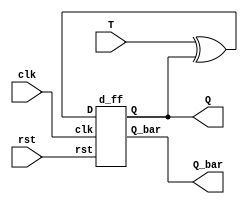
module t_using_d(clk,rst,T,Q,Q_bar);
input clk,rst,T;
output Q,Q_bar;
wire w1;

assign w1 = T^Q;

d_ff DF(clk,rst,w1,Q,Q_bar);

endmodule

module d_ff(clk,rst,D,Q,Q_bar);
input clk,rst, D;
output reg Q;
output Q_bar;
always @(posedge clk) begin
if(!rst)
  Q <= D;
else
  Q <= 1'b0;
end
assign Q_bar = ~Q;
endmodule